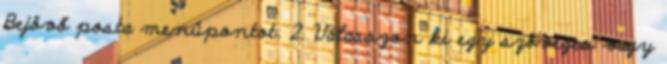
Bejövő posta menüpontot. 2. Válasszon ki egy szöveges vagy